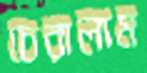
চেরালাম